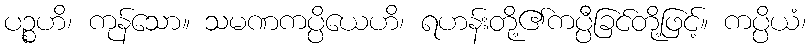
ပဉ္စဟိ၊ ကုန်သော။ သမဏကပ္ပိယေဟိ၊ ရဟန်းတို့၏ကပ္ပီခြင်တို့ဖြင့်။ ကပ္ပိယံ၊